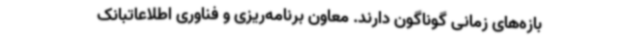
بازه‌های زمانی گوناگون دارند. معاون برنامه‌ریزی و فناوری اطلاعاتبانک